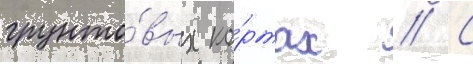
грунто́вых ко́ртах // С